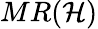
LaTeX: MR(\mathcal{H})